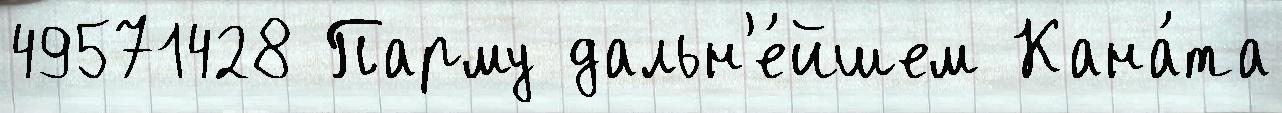
49571428 Парму дальн'е́йшем Кана́та